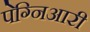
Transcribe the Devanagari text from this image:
पेग्निआरी